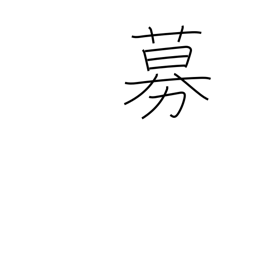
Meaning: grow violent